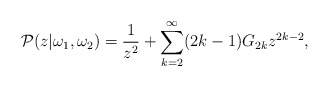
\begin{align*}{\cal P}(z|\omega_{1},\omega_{2})=\frac{1}{z^{2}}+\sum_{k=2}^{\infty} (2k-1)G_{2k} z^{2k-2},\end{align*}